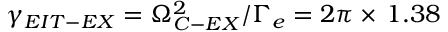
\gamma _ { E I T - E X } = \Omega _ { C - E X } ^ { 2 } / \Gamma _ { e } = 2 \pi \times \, 1 . 3 8